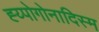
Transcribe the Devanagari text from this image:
ह्य्पोगोनादिस्म